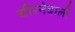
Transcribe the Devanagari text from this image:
चीरनेवाली